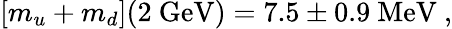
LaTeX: [m_{u}+m_{d}](2\ \mathrm{GeV})=7.5\pm 0.9\ \mathrm{MeV}\ ,